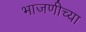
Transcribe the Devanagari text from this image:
भाजणीच्या